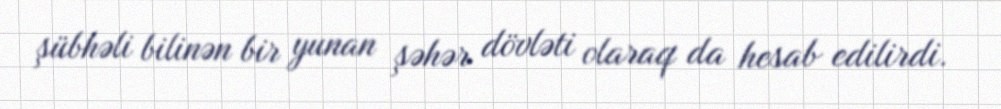
şübhəli bilinən bir yunan şəhər dövləti olaraq da hesab edilirdi.